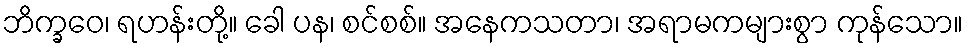
ဘိက္ခဝေ၊ ရဟန်းတို့။ ခေါ ပန၊ စင်စစ်။ အနေကသတာ၊ အရာမကများစွာ ကုန်သော။